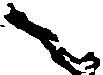
候